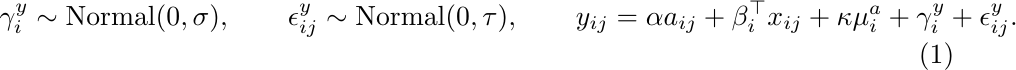
\begin{equation} \label{eqn:unobserve_interfere_linear}
\begin{split}
	\gamma^y_i \sim \mathrm{Normal}(0, \sigma), \quad\quad \epsilon^y_{ij} \sim \mathrm{Normal}(0, \tau), \quad\quad  y_{ij} = \alpha a_{ij} + \beta^\top_i x_{ij} + \kappa \mu^a_i + \gamma^y_i + \epsilon_{ij}^y.
\end{split}
\end{equation}